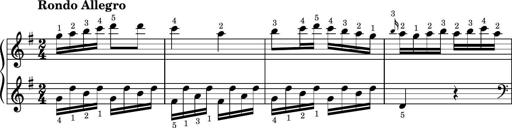
Title: Easy Progressive Lessons and 4 Sonatinas
Composer: Thomas Attwood